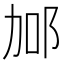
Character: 𨚧